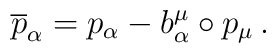
\overline{p}_{\alpha}=p_{\alpha}-b^{\mu}_{\alpha}\circ p_{\mu}\,.